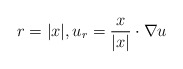
\begin{align*}r = |x|, u_r = \dfrac{x}{|x|} \cdot \nabla u\end{align*}